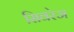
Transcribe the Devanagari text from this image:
सिवरेज